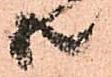
共